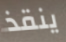
ينقذ